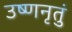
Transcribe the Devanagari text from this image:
उष्णनृतुं